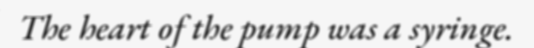
The heart of the pump was a syringe.